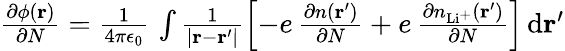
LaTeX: \begin{array}{r}{\frac{\partial\phi(\mathbf{r})}{\partial N}=\frac{1}{4\pi\epsilon_{0}}\, \int\frac{1}{|\mathbf{r}-\mathbf{r}^{\prime}|}\left[-e\, \frac{\partial n(\mathbf{r}^{\prime})}{\partial N}+e\, \frac{\partial n_{\mathrm{Li^{+}}}(\mathbf{r}^{\prime})}{\partial N}\right]\, \mathrm{d}\mathbf{r}^{\prime}}\end{array}